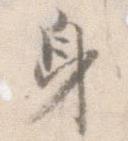
身